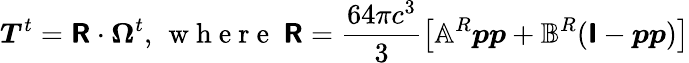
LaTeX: \boldsymbol{T}^{t}=\boldsymbol{\mathsf{R}}\cdot\boldsymbol{\Omega}^{t},\, \mathrm{~w~h~e~r~e~\ }\boldsymbol{\mathsf{R}}=\frac{64\pi c^{3}}{3}\left[\mathbb{A}^{R}\boldsymbol{pp}+\mathbb{B}^{R}(\boldsymbol{\mathsf{I}}-\boldsymbol{pp})\right]